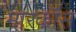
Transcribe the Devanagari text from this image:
मारकॉस